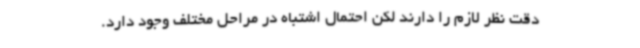
دقت نظر لازم را دارند لکن احتمال اشتباه در مراحل مختلف وجود دارد.